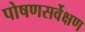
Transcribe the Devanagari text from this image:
पोषणसर्वेक्षण